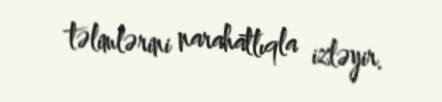
təlimlərini narahatlıqla izləyir.